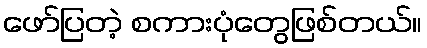
ဖော်ပြတဲ့ စကားပုံတွေဖြစ်တယ်။